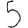
Digit: 5